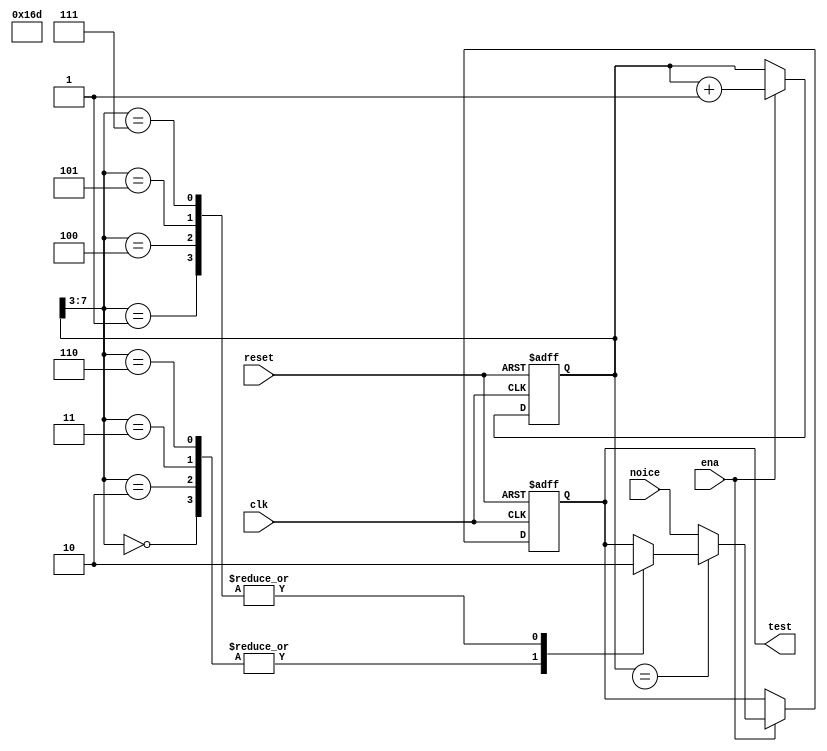
//---------------------------------------------------------------------
//
//
// crt_cookie
//
//
//---------------------------------------------------------------------

// this device count 1011_0110_1000 packets of status register and next
// should to generate one cookie equal 10110010. All another time this
// device generate noice to output.

module  crt_cookie(clk, reset, ena, noice, test);

    input   clk, reset, ena, noice;
    output  test;

    reg     [11:0]   delay;
    reg             noicereg;
    
    always @ (posedge reset or posedge clk)
        if (reset)
            delay <= 0;
        else if(ena)
            delay <= delay + 1;

    always @ (posedge reset or posedge clk)
        if (reset)
            noicereg <= 0;
        else if(ena)
            if(delay[11:0] == 12'b1011_0110_1XXX)
                case (delay[7:3])
                    3'b000 : noicereg  <= 1;
                    3'b001 : noicereg  <= 0;
                    3'b010 : noicereg  <= 1;
                    3'b011 : noicereg  <= 1;
                    3'b100 : noicereg  <= 0;
                    3'b101 : noicereg  <= 0;
                    3'b110 : noicereg  <= 1;
                    3'b111 : noicereg  <= 0;
                endcase        
            else
                noicereg <= noice;

    assign test = noicereg;

endmodule